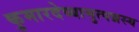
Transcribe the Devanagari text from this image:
कुमारदेव्यामुत्पन्नस्य